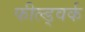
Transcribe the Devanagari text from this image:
फील्ड्वर्क